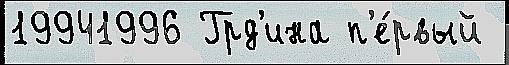
19941996 Грд'ина п'е́рвый